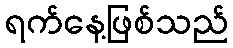
ရက်နေ့ဖြစ်သည်